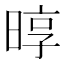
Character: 㬀